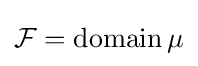
{\mathcal {F}}=\operatorname {domain} \mu